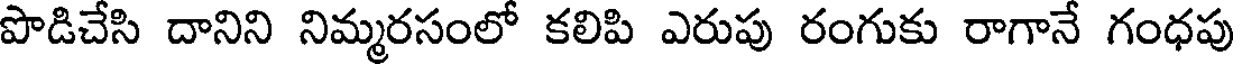
పొడిచేసి దానిని నిమ్మరసంలో కలిపి ఎరుపు రంగుకు రాగానే గంధపు